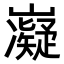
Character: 𭗰